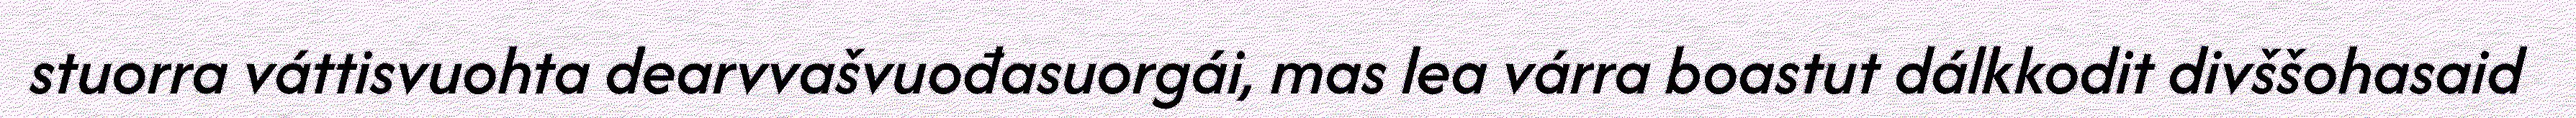
stuorra váttisvuohta dearvvašvuođasuorgái, mas lea várra boastut dálkkodit divššohasaid